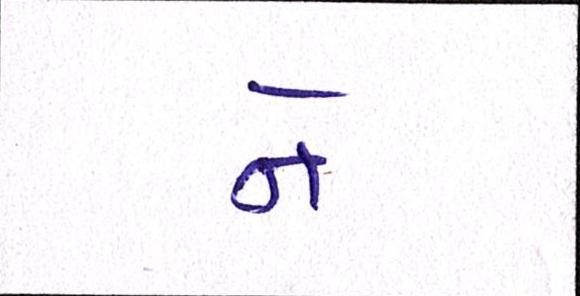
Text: ને